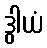
ဒွါယံ